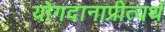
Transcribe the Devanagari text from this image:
योगदानाप्रीत्यर्थ